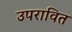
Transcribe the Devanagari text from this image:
उपरावित